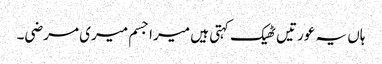
ہاں یہ عورتیں ٹھیک کہتی ہیں میرا جسم میری مرضی۔